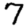
Digit: 7